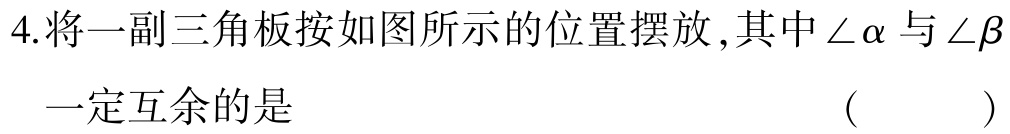
4.将一副三角板按如图所示的位置摆放,其中$\angle \alpha$与$\angle \beta$一定互余的是 （ ）